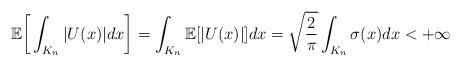
LaTeX: \begin{align*} \mathbb{E}\bigg[\int_{K_n}|U(x)|dx\bigg] = \int_{K_n}\mathbb{E}[|U(x)|]dx = \sqrt{\frac{2}{\pi}}\int_{K_n}\sigma(x)dx < +\infty\end{align*}